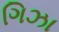
ગિઝા